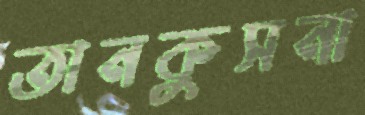
তানকুসনা